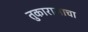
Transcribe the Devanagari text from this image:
तुकारामाचा